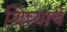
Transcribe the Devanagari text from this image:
शिप्याचे